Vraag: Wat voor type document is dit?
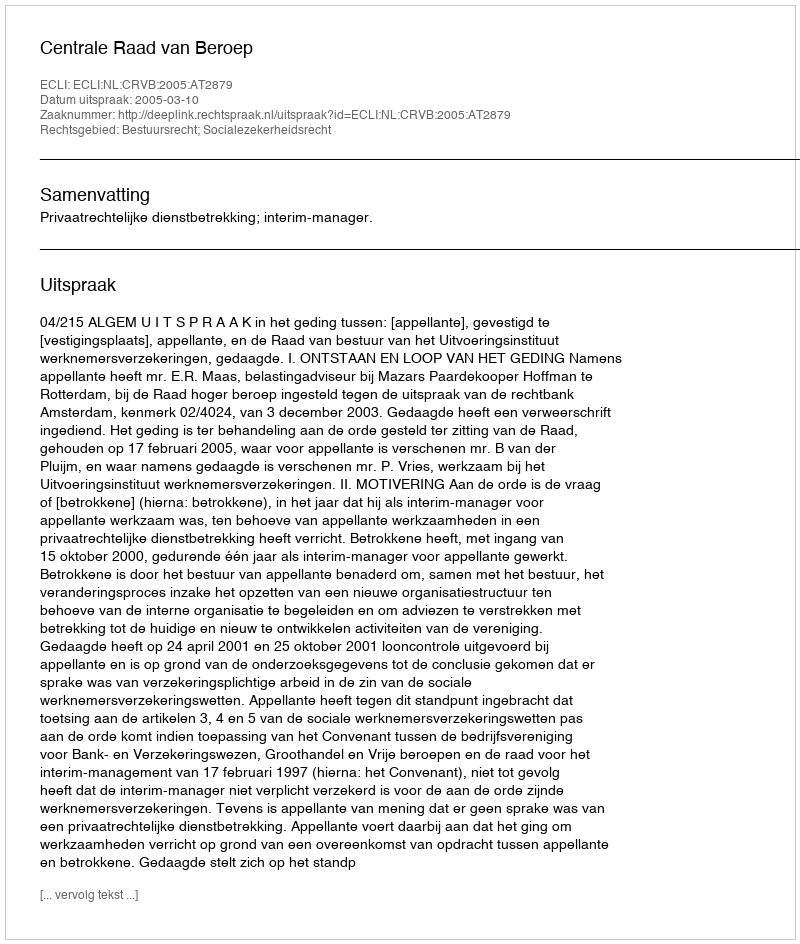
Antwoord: Uitspraak